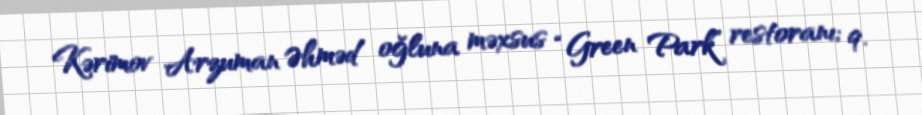
Kərimov Arzuman Əhməd oğluna məxsus “Green Park” restoranı; 9.